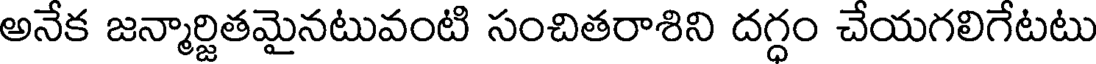
అనేక జన్మార్జితమైనటువంటి సంచితరాశిని దగ్ధం చేయగలిగేటటు